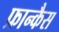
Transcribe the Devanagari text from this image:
फ्रान्कैस